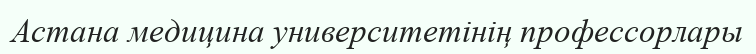
Астана медицина университетінің профессорлары